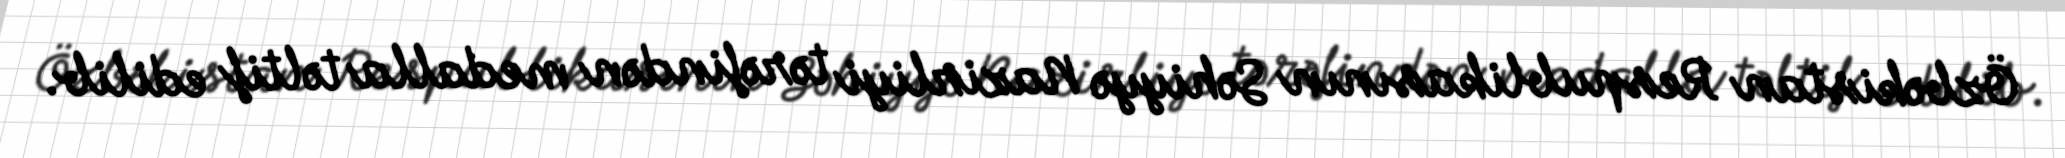
Özbəkistan Respublikasının Səhiyyə Nazirliyi tərəfindən medalla təltif edilib.